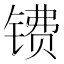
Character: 镄